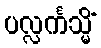
ပလ္လင်္ကသ္မိံ